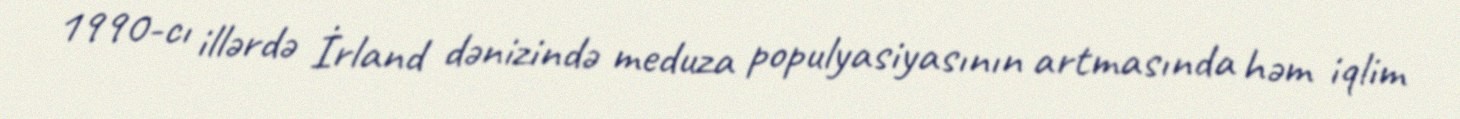
1990-cı illərdə İrland dənizində meduza populyasiyasının artmasında həm iqlim